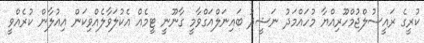
ކުރީގެ ރައީސުލްޖުމްހޫރިއްޔާ މުހައްމަދު ނަޝީދު ބައިނަލްއަގްވާމީ ގާނޫނީ ޓީމެއް އެކުލަވާލެއްވިކަން އިއުލާން ކުރެއްވީ